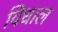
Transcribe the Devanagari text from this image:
विधाल